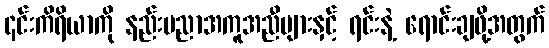
၎င်းကိရိယာကို နည်းပညာအကူအညီများနှင့် ရင်းနဲ့ ရောင်းချဖို့အတွက်